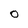
Character: 0